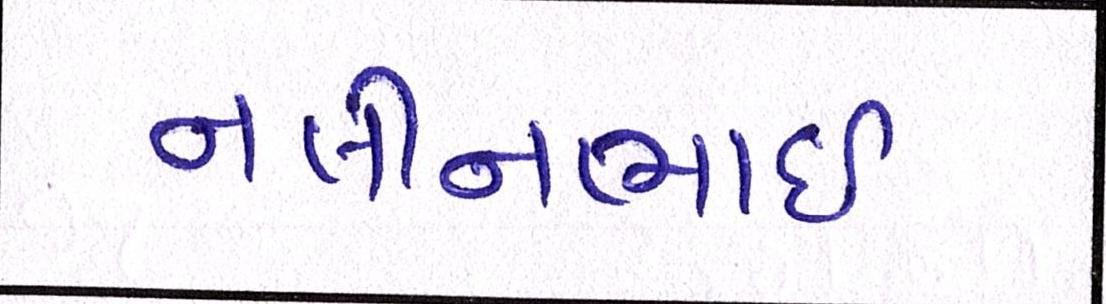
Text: નલીનભાઈ